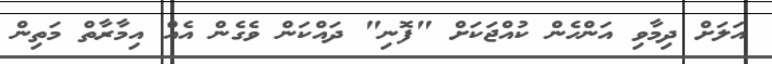
އަލަށް ދިމާވި އަންހެން ކުއްޖަކަށް "ފޮނި" ދައްކަން ވެގެން އެއް އިމާރާތް މަތިން